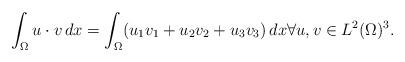
LaTeX: \begin{align*}\int_{\Omega} u \cdot v \,dx = \int_{\Omega} (u_1v_1+u_2v_2+u_3v_3) \,dx \forall u,v \in L^2(\Omega)^3.\end{align*}